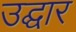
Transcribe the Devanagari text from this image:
उद्घार